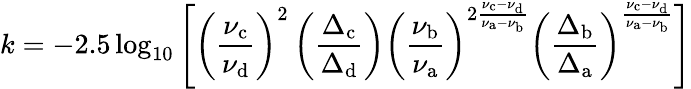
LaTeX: k=-2.5\log_{10}\left[\left({\frac{\nu_{\mathrm{c}}}{\nu_{\mathrm{d}}}}\right)^{2}\left({\frac{\Delta_{\mathrm{c}}}{\Delta_{\mathrm{d}}}}\right)\left({\frac{\nu_{\mathrm{b}}}{\nu_{\mathrm{a}}}}\right)^{2{\frac{\nu_{\mathrm{c}}-\nu_{\mathrm{d}}}{\nu_{\mathrm{a}}-\nu_{\mathrm{b}}}}}\left({\frac{\Delta_{\mathrm{b}}}{\Delta_{\mathrm{a}}}}\right)^{\frac{\nu_{\mathrm{c}}-\nu_{\mathrm{d}}}{\nu_{\mathrm{a}}-\nu_{\mathrm{b}}}}\right]